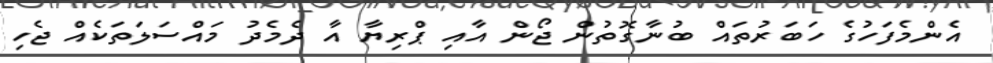
އެންމެފަހުގެ ހަބަރުތައް ބުނާގޮތުން ޖޯން އާއި ޕްރިޔާ އާ ދެމެދު މައްސަލަތަކެއް ޖެހި